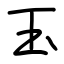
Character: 玉